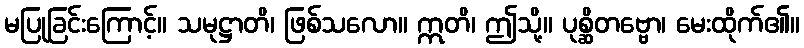
မပြုခြင်းကြောင့်။ သမုဋ္ဌာတိ၊ ဖြစ်သလော။ ဣတိ၊ ဤသို့။ ပုစ္ဆိတဗ္ဗော၊ မေးထိုက်၏။